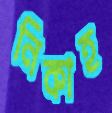
নিকাহ